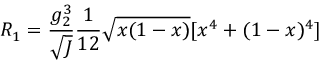
R _ { 1 } = \frac { g _ { 2 } ^ { 3 } } { \sqrt { J } } \frac { 1 } { 1 2 } \sqrt { x ( 1 - x ) } [ x ^ { 4 } + ( 1 - x ) ^ { 4 } ]